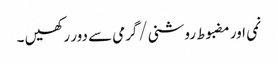
نمی اور مضبوط روشنی/گرمی سے دور رکھیں ۔